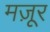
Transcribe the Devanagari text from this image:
मज़ूर